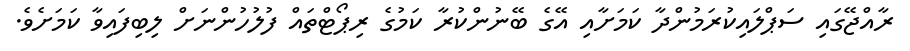
ރާއްޖޭގައި ސަޕްލައިކުރަމުންދާ ކަމަށާއި އޭގެ ބޭނުންކުރާ ކަމުގެ ރިޕޯޓްތައް ފުލުހުންނަށް ލިބިފައިވާ ކަމަށެވެ.